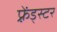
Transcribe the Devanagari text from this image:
फ़्रेंड्स्टर